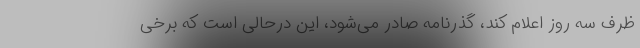
ظرف سه روز اعلام کند، گذرنامه صادر می‌شود، این درحالی است که برخی